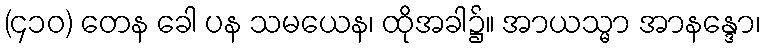
(၄၁၀) တေန ခေါ ပန သမယေန၊ ထိုအခါ၌။ အာယသ္မာ အာနန္ဒော၊